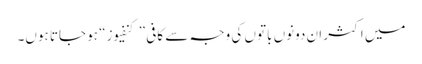
میں اکثر ان دونوں باتوں کی وجہ سے کافی ”کنفیوز“ ہو جاتا ہوں۔